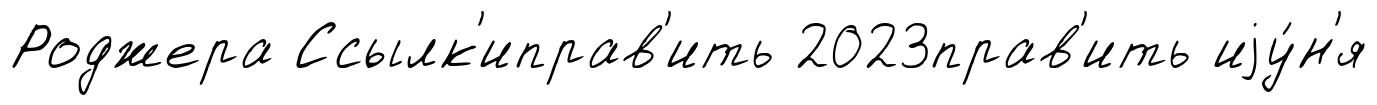
Роджера Ссылк'иправ'ить 2023прав'ить иjу́н'я